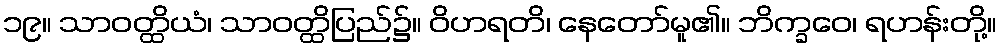
၁၉။ သာဝတ္ထိယံ၊ သာဝတ္ထိပြည်၌။ ဝိဟရတိ၊ နေတော်မူ၏။ ဘိက္ခဝေ၊ ရဟန်းတို့။